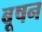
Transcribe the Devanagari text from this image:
बूषन